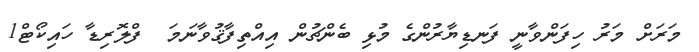
މަރަށް މަރު ހިފަންވާނީ ފަނޑިޔާރުންގެ މުޅި ބެންޗުން އިއްތިފާޤުވާނަމަ  ފްލޮރިޑާ ހައިކޯޓް1